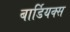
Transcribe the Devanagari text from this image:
बार्डियक्स